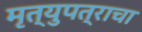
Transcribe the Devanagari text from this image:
मृत्युपत्राचा